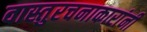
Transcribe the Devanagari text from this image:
वास्तुरचनाकारांनी